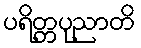
ပရိတ္တပုညာတိ